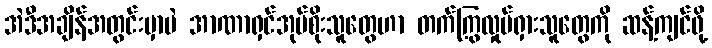
အဲဒီအချိန်အတွင်းမှာပဲ အာဏာရှင်အုပ်စိုးသူတွေဟာ တက်ကြွလှုပ်ရှားသူတွေကို ဆန့်ကျင်ဖို့